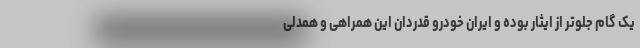
یک گام جلوتر از ایثار بوده و ایران خودرو قدردان این همراهی و همدلی